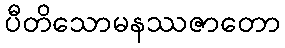
ပီတိသောမနဿဇာတော